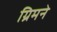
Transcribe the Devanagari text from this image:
ग्रिमने